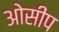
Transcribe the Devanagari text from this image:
ओसीप